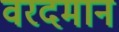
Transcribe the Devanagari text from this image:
वरदमान